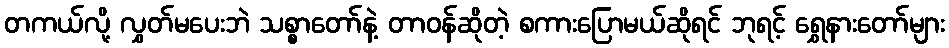
တကယ်လို့ လွှတ်မပေးဘဲ သစ္စာတော်နဲ့ တာဝန်ဆိုတဲ့ စကားပြောမယ်ဆိုရင် ဘုရင့် ရွှေနားတော်များ